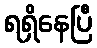
ရရှိနေပြီ